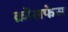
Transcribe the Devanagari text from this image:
क्रॉसफेस